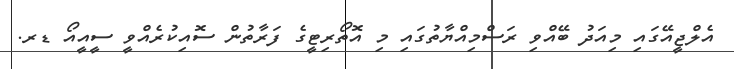
އެލްޖީއޭގައި މިއަދު ބޭއްވި ރަސްމިއްޔާތުގައި މި އޮތޯރިޓީގެ ފަރާތުން ސޮއިކުރެއްވީ ސީއީއޯ ޑރ.